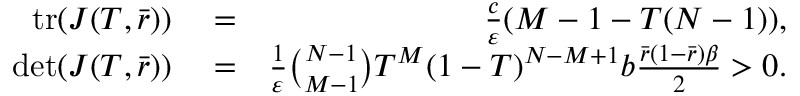
\begin{array} { r l r } { \mathrm { t r } ( J ( T , \bar { r } ) ) } & { { } = } & { \frac { c } { \varepsilon } ( M - 1 - T ( N - 1 ) ) , } \\ { \mathrm { d e t } ( J ( T , \bar { r } ) ) } & { { } = } & { \frac { 1 } { \varepsilon } \binom { N - 1 } { M - 1 } T ^ { M } ( 1 - T ) ^ { N - M + 1 } b \frac { \bar { r } ( 1 - \bar { r } ) \beta } { 2 } > 0 . } \end{array}